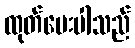
ထုတ်ပေးပါသည်